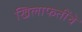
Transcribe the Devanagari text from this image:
खिलाफतींचे